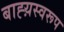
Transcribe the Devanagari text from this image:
बाह्य़स्वरूप